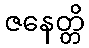
ဇနေတ္တိ